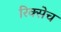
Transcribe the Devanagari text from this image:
रिक्सेच